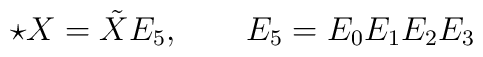
\star X = \tilde X E_5, \qquad E_5=E_0 E_1 E_2 E_3